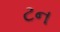
ટન